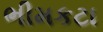
ભીમકટા